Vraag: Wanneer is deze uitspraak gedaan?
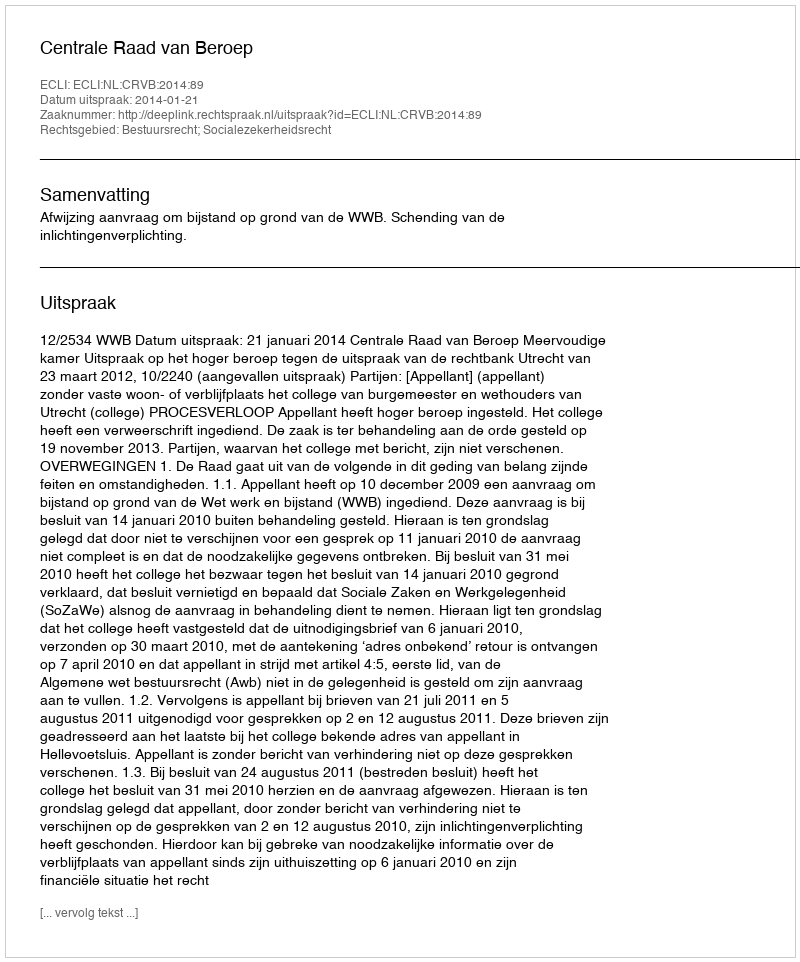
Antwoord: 2014-01-21